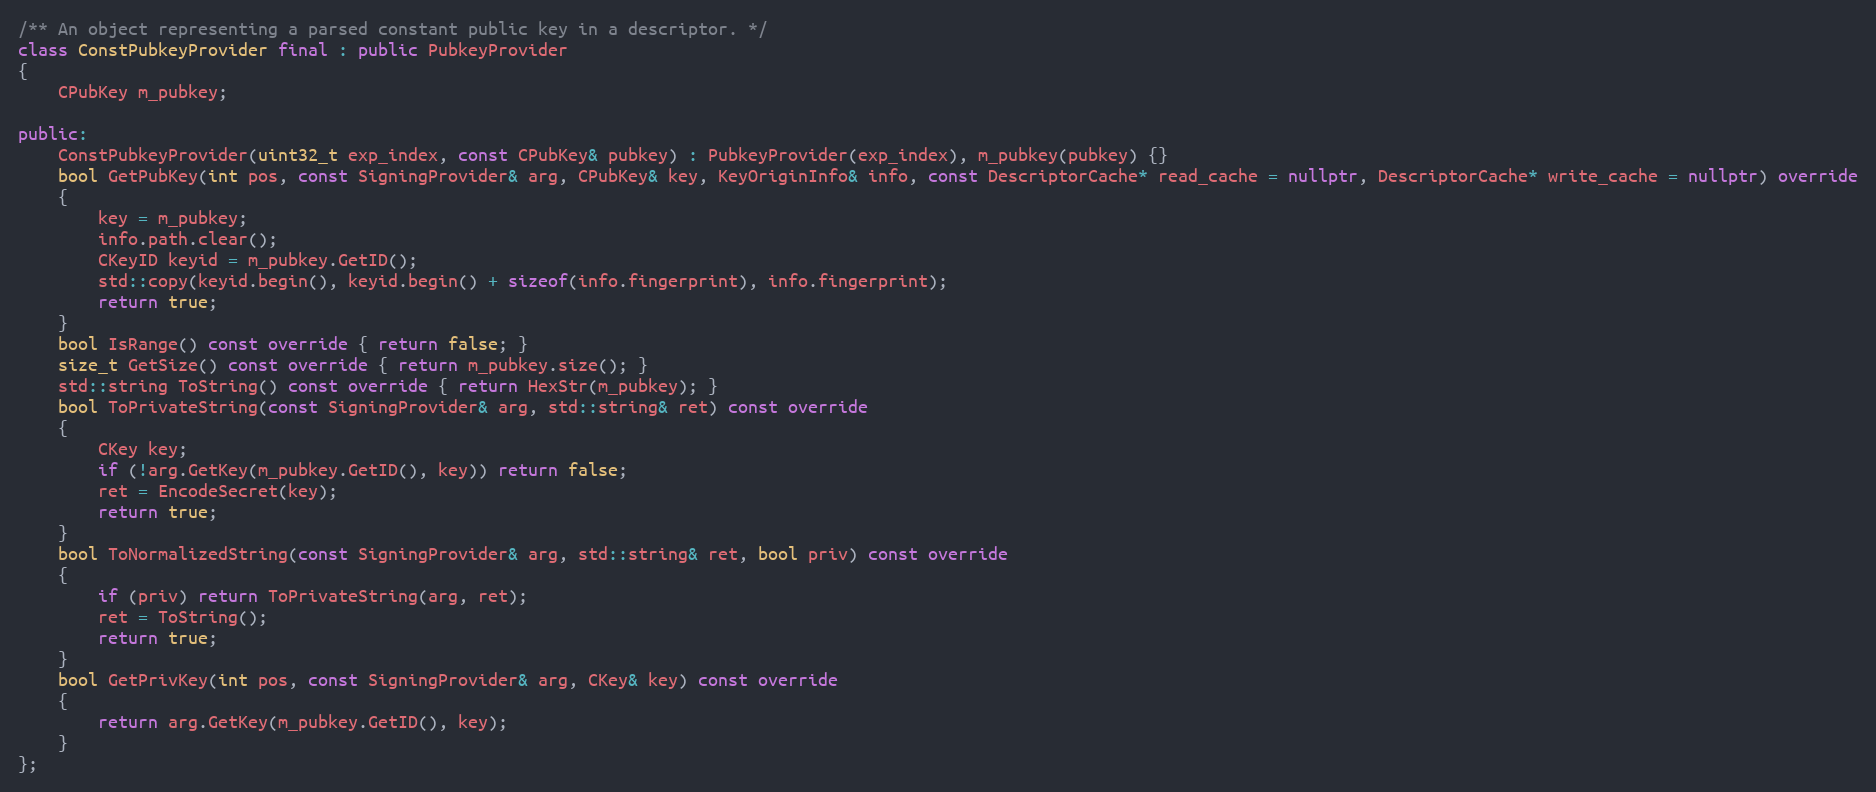
Language: C++
/** An object representing a parsed constant public key in a descriptor. */
class ConstPubkeyProvider final : public PubkeyProvider
{
    CPubKey m_pubkey;

public:
    ConstPubkeyProvider(uint32_t exp_index, const CPubKey& pubkey) : PubkeyProvider(exp_index), m_pubkey(pubkey) {}
    bool GetPubKey(int pos, const SigningProvider& arg, CPubKey& key, KeyOriginInfo& info, const DescriptorCache* read_cache = nullptr, DescriptorCache* write_cache = nullptr) override
    {
        key = m_pubkey;
        info.path.clear();
        CKeyID keyid = m_pubkey.GetID();
        std::copy(keyid.begin(), keyid.begin() + sizeof(info.fingerprint), info.fingerprint);
        return true;
    }
    bool IsRange() const override { return false; }
    size_t GetSize() const override { return m_pubkey.size(); }
    std::string ToString() const override { return HexStr(m_pubkey); }
    bool ToPrivateString(const SigningProvider& arg, std::string& ret) const override
    {
        CKey key;
        if (!arg.GetKey(m_pubkey.GetID(), key)) return false;
        ret = EncodeSecret(key);
        return true;
    }
    bool ToNormalizedString(const SigningProvider& arg, std::string& ret, bool priv) const override
    {
        if (priv) return ToPrivateString(arg, ret);
        ret = ToString();
        return true;
    }
    bool GetPrivKey(int pos, const SigningProvider& arg, CKey& key) const override
    {
        return arg.GetKey(m_pubkey.GetID(), key);
    }
};